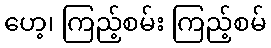
ဟေ့၊ ကြည့်စမ်း ကြည့်စမ်